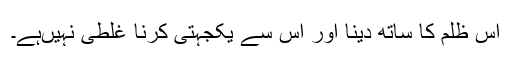
اس ظلم کا ساتھ دینا اور اس سے یکجہتی کرنا غلطی نہیںہے۔